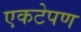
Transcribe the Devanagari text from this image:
एकटेपण